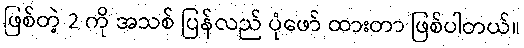
ဖြစ်တဲ့ 2 ကို အသစ် ပြန်လည် ပုံဖော် ထားတာ ဖြစ်ပါတယ်။